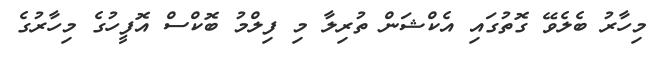
މިހާރު ބެލެވޭ ގޮތުގައި އެކްޝަން ތުރިލާ މި ފިލްމު ބޮކްސް އޮފީހުގެ މިހާރުގެ